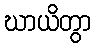
ဃာယိတွာ